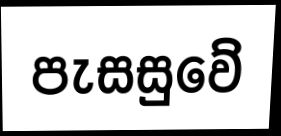
පැසසුවේ